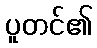
ပူတင်၏